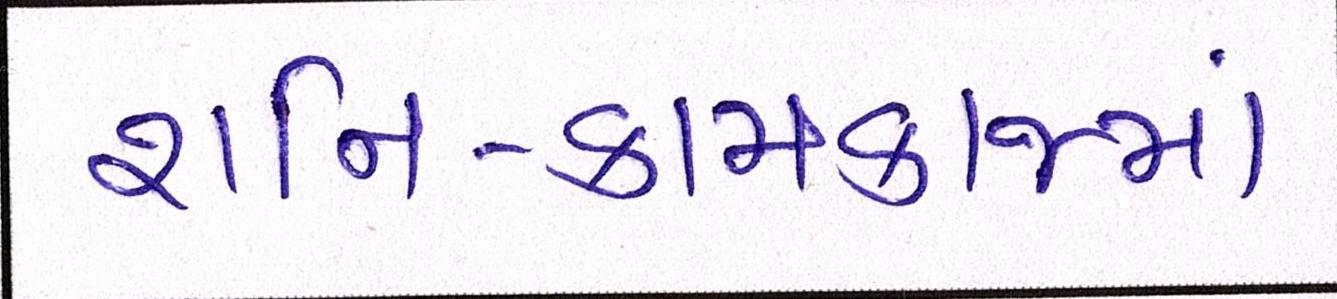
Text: શનિ-કામકાજમાં